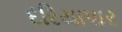
દરિયાપાર